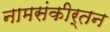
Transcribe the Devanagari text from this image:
नामसंकीर्तन